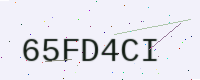
Text: 65FD4CI